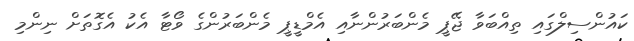
ކައުންސިލްގައި ތިއްބަވާ ޖޭޕީ މެންބަރުންނާއި އެމްޑީޕީ މެންބަރުންގެ ވޯޓާ އެކު އެގޮތަށް ނިންމި